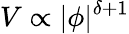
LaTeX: V\propto|\phi|^{\delta+1}